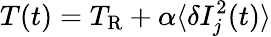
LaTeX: T(t)=T_{\mathrm{R}}+\alpha\langle\delta I_{j}^{2}(t)\rangle